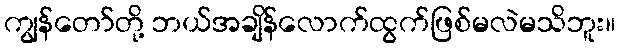
ကျွန်တော်တို့ ဘယ်အချိန်လောက်ထွက်ဖြစ်မလဲမသိဘူး။